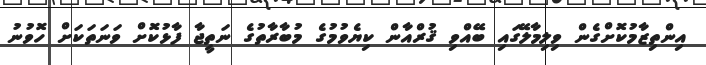
އިންތިޒާމުކޮށްގެން ވިލިމާލޭގައި ބޭއްވި ޤުރްއާން ކިޔެވުމުގެ މުބާރާތުގެ ނަތީޖާ ފާޅުކޮށް ވަނަތަކަށް ހޮވުނު